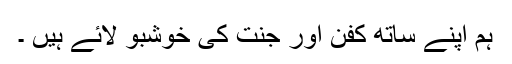
ہم اپنے ساتھ کفن اور جنت کی خوشبو لائے ہیں ۔